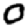
Digit: 0